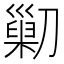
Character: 𠟿